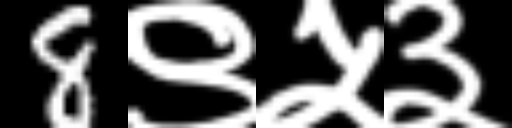
Text: 8९५३